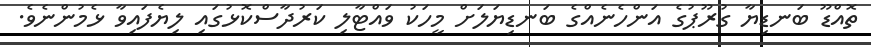
ތޮއްޑޫ ބަނޑިޔާ ގުރޫޕުގެ އަންހެނެއްގެ ބަނޑިޔަލަށް މީހަކު ވައްޓާލި ކަރުދާސްކޮޅުގައި ލިޔެފައިވާ ޅެމުންނެވެ.